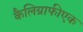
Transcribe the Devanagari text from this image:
कैलिग्राफीएक